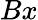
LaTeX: Bx